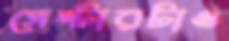
সেন্টারটাও